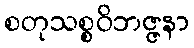
စတုသစ္စဝိဘဇ္ဇနာ